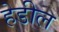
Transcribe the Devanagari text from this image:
हेडील